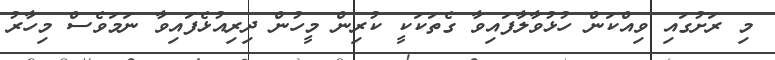
މި ރަށުގައި ވިއްކަން ހުޅުވާލާފައިވާ ގެތަކަކީ ކުރިން މީހުން ދިރިއުޅެފައިވާ ނަމަވެސް މިހާރު